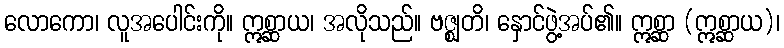
လောကော၊ လူအပေါင်းကို။ ဣစ္ဆာယ၊ အလိုသည်။ ဗဇ္ဈတိ၊ နှောင်ဖွဲ့အပ်၏။ ဣစ္ဆာ (ဣစ္ဆာယ)၊